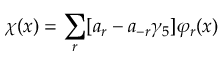
\chi ( x ) = \sum _ { r } [ a _ { r } - a _ { - r } \gamma _ { 5 } ] \varphi _ { r } ( x )